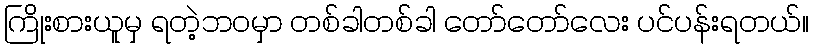
ကြိုးစားယူမှ ရတဲ့ဘ၀မှာ တစ်ခါတစ်ခါ တော်တော်လေး ပင်ပန်းရတယ်။